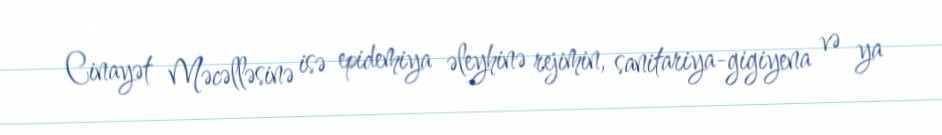
Cinayət Məcəlləsinə isə epidemiya əleyhinə rejimin, sanitariya-gigiyena və ya